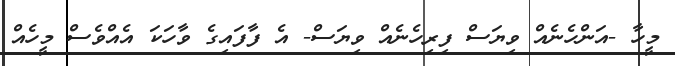
މީހާ -އަންހެނެއް ވިޔަސް ފިރިހެނެއް ވިޔަސް- އެ ފާފައިގެ ވާހަކަ އެއްވެސް މީހެއް